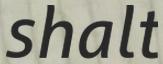
shalt